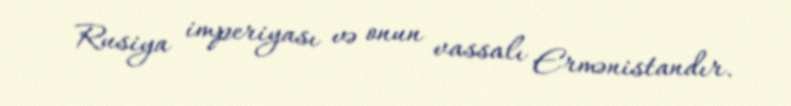
Rusiya imperiyası və onun vassalı Ermənistandır.